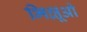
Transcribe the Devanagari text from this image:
भिक्षूओ